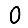
Digit: 0